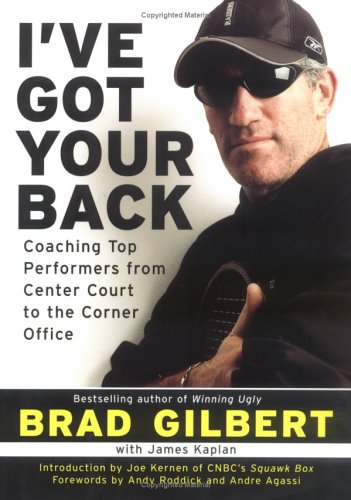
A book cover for I've Got Your Back; Brad Gilbert; Sports & Outdoors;